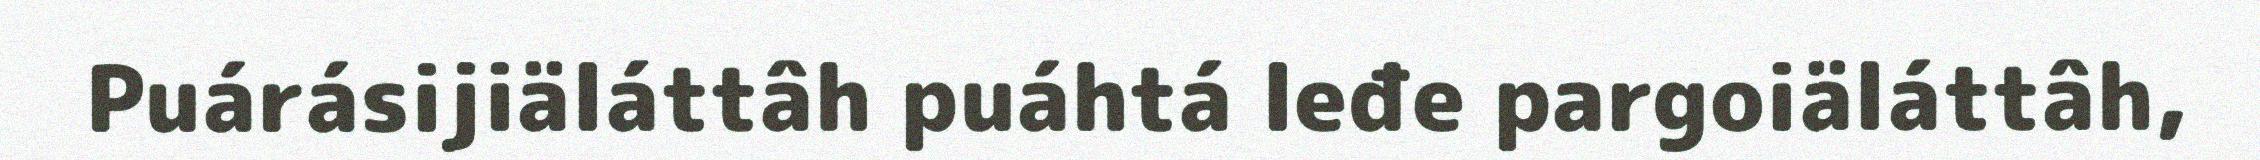
Puárásijiäláttâh puáhtá leđe pargoiäláttâh,